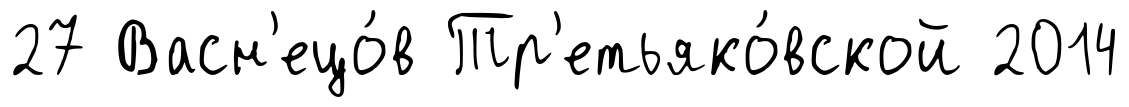
27 Васн'ецо́в Тр'етьяко́вской 2014